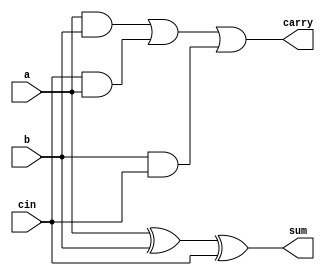
module fulladder (a,b,cin,sum,carry);
input a,b; 
input cin;
output sum, carry;
	assign sum =(a ^ b ^cin );
	assign carry = (a & b)|(cin & a)|(b & cin);

endmodule